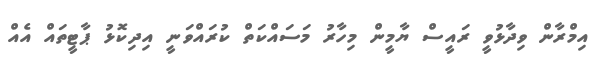
އިމްރާން ވިދާޅުވީ ރައީސް ޔާމީން މިހާރު މަސައްކަތް ކުރައްވަނީ އިދިކޮޅު ޕާޓީތައް އެއް